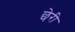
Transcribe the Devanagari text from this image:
छेरी